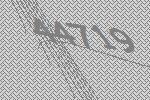
44719